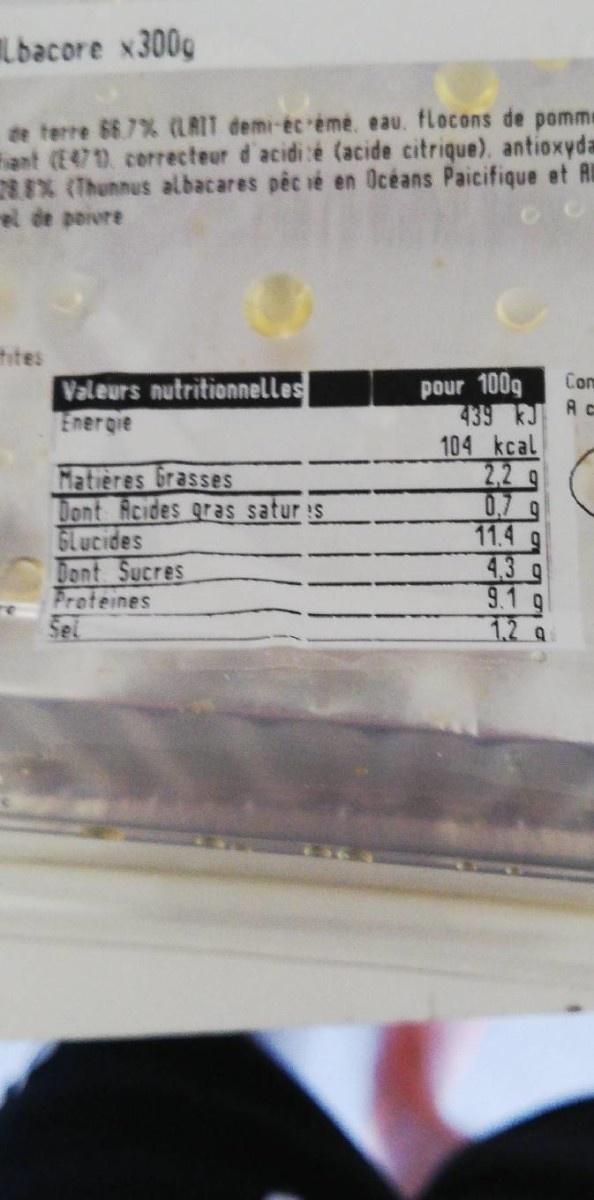
Lbacore x300g
de terre 66.7% (LAIT demi-éc émé, eau. flocons de pomme Fant (E471. correcteur d'acidi :é (acide citrique). antioxyda EX (Thunnus albacares péc ié en Océans Paicifique et Au el de poivre
htes Valeurs nutritionnelles Energie
pour 100g 439 kJ A c 104 kcal 22 9 0.7 9 11.4 g 4.3 g 9.1 g 1,2 Q
Con
Matières Grasses Dont Acides gras saturis Glucides Dont Sucres Proteines Sel